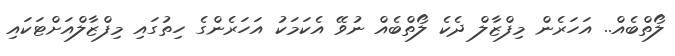
ލޯތްބެއް.. އަހަރެން މިފްޒާލް ދެކެ ލޯތްބެއް ނުވޭ އެކަމަކު އަހަރެންގެ ހިތުގައި މިފްޒާލްއަށްޓަކައި